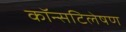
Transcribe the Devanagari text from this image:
कॉन्सटिलेषण